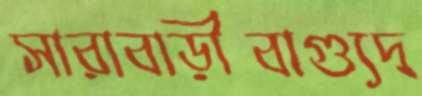
সারাবাড়ীবাগ্যুদ্